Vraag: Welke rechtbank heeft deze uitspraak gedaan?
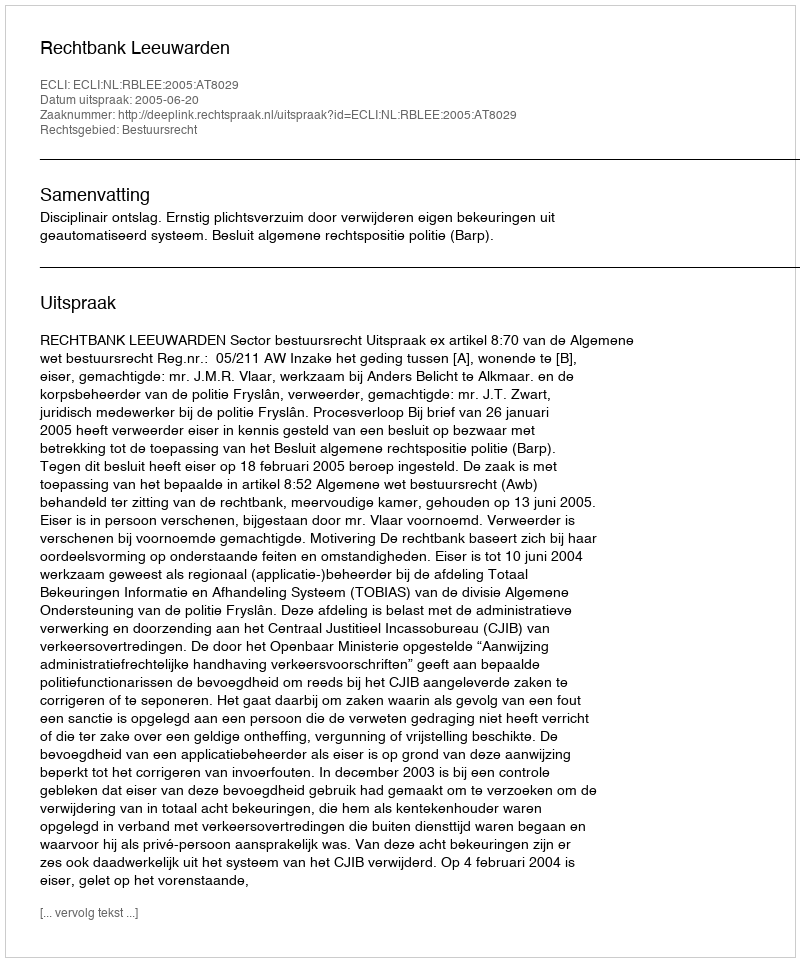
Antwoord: Rechtbank Leeuwarden